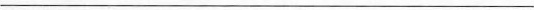
___